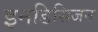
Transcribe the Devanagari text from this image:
इनडिसिजन